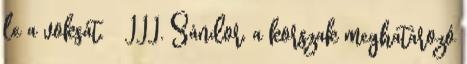
le a voksát. ↑ III. Sándor, a korszak meghatározó